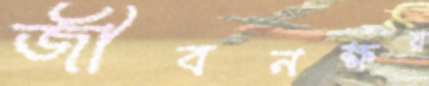
জীবনক্ষয়